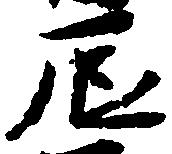
辰